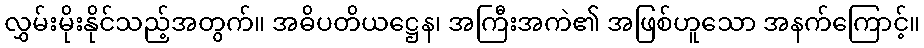
လွှမ်းမိုးနိုင်သည့်အတွက်။ အဓိပတိယဋ္ဌေန၊ အကြီးအကဲ၏ အဖြစ်ဟူသော အနက်ကြောင့်။